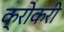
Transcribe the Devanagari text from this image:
क्रोकरी